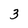
Character: 3